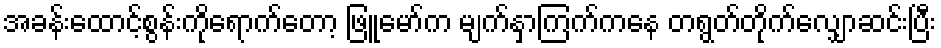
အခန်းထောင့်စွန်းကိုရောက်တော့ ဖြူမော်က မျက်နှာကြက်ကနေ တရွတ်တိုက်လျှောဆင်းပြီး